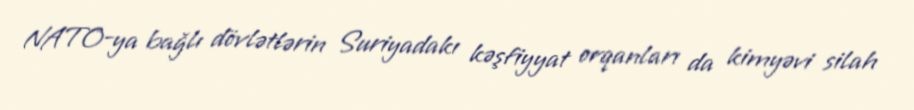
NATO-ya bağlı dövlətlərin Suriyadakı kəşfiyyat orqanları da kimyəvi silah